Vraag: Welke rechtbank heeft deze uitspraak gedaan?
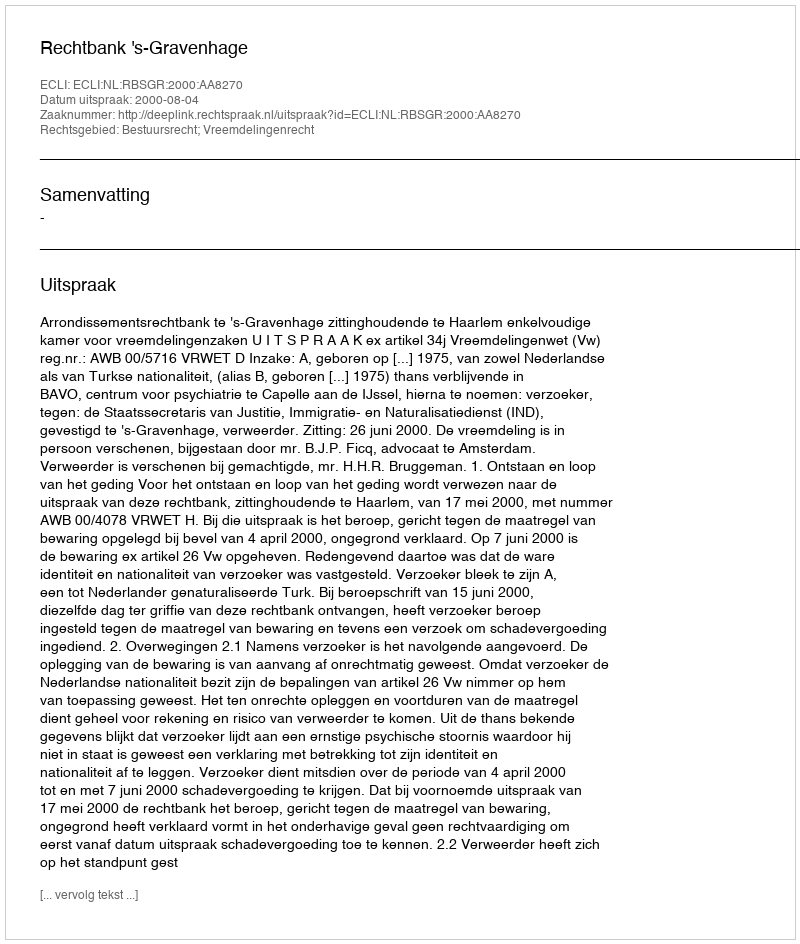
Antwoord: Rechtbank 's-Gravenhage